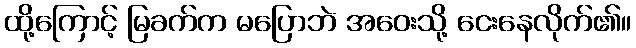
ထို့ကြောင့် မြခက်က မပြောဘဲ အဝေးသို့ ငေးနေလိုက်၏။